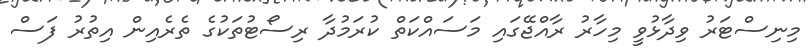
މިނިސްޓަރު ވިދާޅުވީ މިހާރު ރާއްޖޭގައި މަސައްކަތް ކުރަމުދާ ރިސޯޓުތަކުގެ ތެރެއިން އިތުރު ފަސް